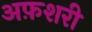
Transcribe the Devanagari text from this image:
अफ़शरी